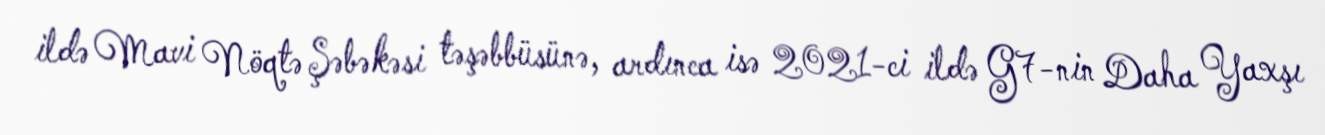
ildə Mavi Nöqtə Şəbəkəsi təşəbbüsünə, ardınca isə 2021-ci ildə G7-nin Daha Yaxşı